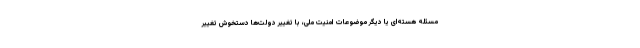
مسئله هسته‌ای یا دیگر موضوعات امنیت ملی، با تغییر دولت‌ها دستخوش تغییر